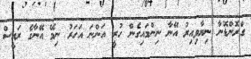
ގްރޮންޑޮނާ ނިޔާވިއިރު އޭނާ ނިންމައިގެން ހުރީ އަންނަ އަހަރު ނިމޭ އޭނާގެ ރައީސް